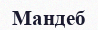
Мандеб